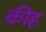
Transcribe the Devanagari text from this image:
कीह